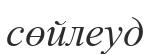
сөйлеуд